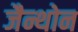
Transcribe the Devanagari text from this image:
जैन्थोन